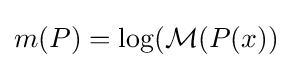
m(P)=\log({\mathcal {M}}(P(x))